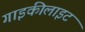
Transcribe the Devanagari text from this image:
गाइकीलाइट